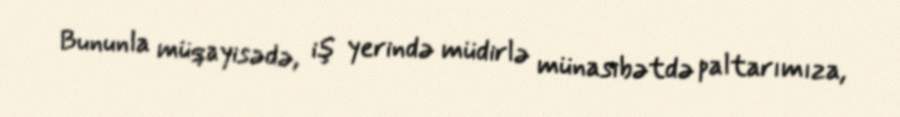
Bununla müqayisədə, iş yerində müdirlə münasibətdə paltarımıza,